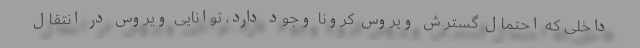
داخلی که احتمال گسترش ویروس کرونا وجود دارد، توانایی ویروس در انتقال